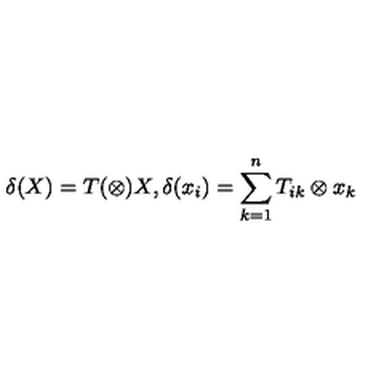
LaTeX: \delta ( X ) = T ( \otimes ) X , \delta ( x _ { i } ) = \sum _ { k = 1 } ^ { n } T _ { i k } \otimes x _ { k }